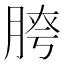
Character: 𦜮